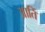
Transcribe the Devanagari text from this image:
आतिं